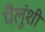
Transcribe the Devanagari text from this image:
पैलुंशी